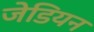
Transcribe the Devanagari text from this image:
जेडियन